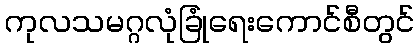
ကုလသမဂ္ဂလုံခြုံရေးကောင်စီတွင်